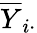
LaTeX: {\overline{{Y}}}_{i\cdot}